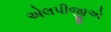
એલપીજીએ